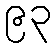
၉၃